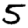
Digit: 5